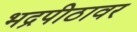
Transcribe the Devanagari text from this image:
भद्रपीठावर